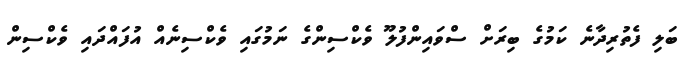
ބަލި ފެތުރިދާނެ ކަމުގެ ބިރަށް ސްވައިންފުލޫ ވެކްސިންގެ ނަމުގައި ވެކްސިނެއް އުފައްދައި ވެކްސިން